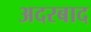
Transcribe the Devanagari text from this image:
अदरबाद